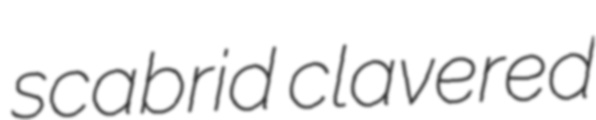
scabrid clavered